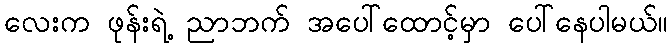
လေးက ဖုန်းရဲ့ ညာဘက် အပေါ်ထောင့်မှာ ပေါ်နေပါမယ်။